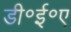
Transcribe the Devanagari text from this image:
डी॰ई॰ए